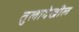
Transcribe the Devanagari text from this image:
तुलादेखील